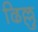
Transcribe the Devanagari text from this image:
ढिल्लु